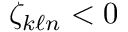
\zeta _ { k \ell n } < 0